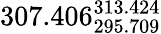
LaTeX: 307.406_{295.709}^{313.424}